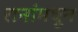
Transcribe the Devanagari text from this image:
रानांमधून